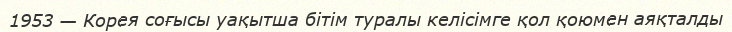
1953 — Корея соғысы уақытша бiтiм туралы келiсiмге қол қоюмен аяқталды